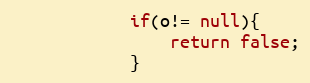
Language: Java
			if(o!= null){
				return false;
			}